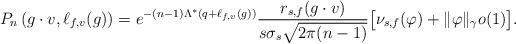
LaTeX: \begin{align*}P_{n} \left(g \cdot v, \ell_{f,v}(g) \right) = e^{- (n-1) \Lambda^{*}(q + \ell_{f,v}(g))} \frac{ r_{s, f}(g \cdot v) }{ s\sigma_{s}\sqrt{2\pi (n-1)} } \big[ \nu_{s,f}(\varphi) + \|\varphi\|_{\gamma} o(1) \big]. \end{align*}